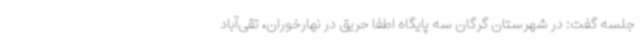
جلسه گفت: در شهرستان گرگان سه پایگاه اطفا حریق در نهارخوران، تقی‌آباد